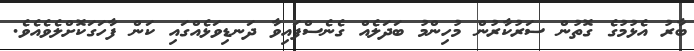
ބާރު އެޅުމުގެ ގޮތުން ސަރުކާރުން މުހިންމު ބަދަލެއް ގެނެސްފައިވާ ދަނޑިވަޅެއްގައި ކަން ފާހަގަކޮށްލެވެއެވެ.